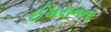
ઈમરાનના